Lunatic asylums Bombay report 1891-1903 - 1891-1903
Year: 1891
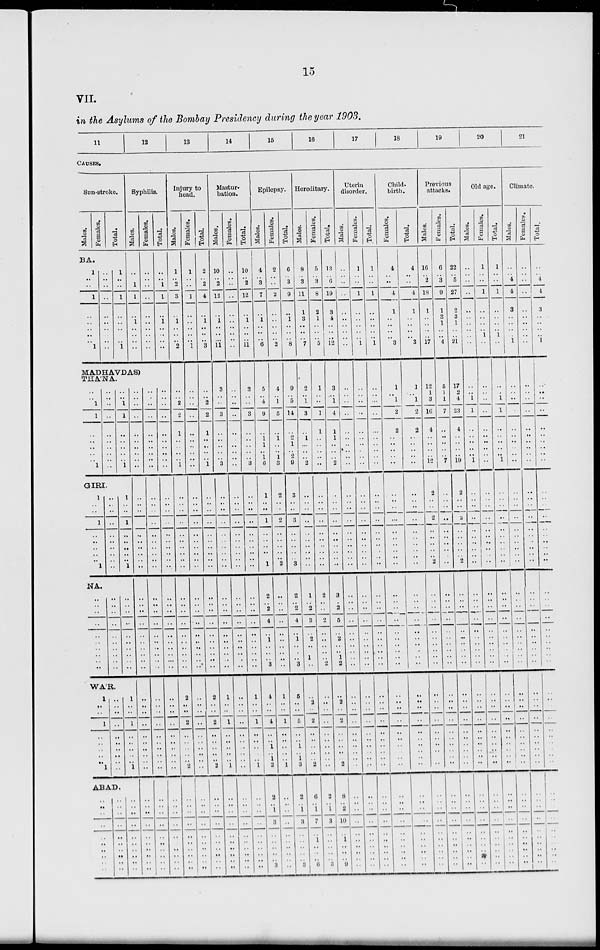
15
VII.
in the Asylums of the Bombay Presidency during the year 1903.
11
12
13
14
15
16
17
18
19
20
21
CAUSES.
Sun-stroke.
Males.
Females.
Total.
BA.
1
..
..
1
..
..
..
..
1
..
..
..
..
..
..
..
..
..
1
..
..
1
..
..
..
..
1
Syphilis.
Males.
..
..
1
1
..
1
..
..
..
MADHAVDAS)
THA'NA.
..
..
1
1
..
..
..
..
..
1
..
..
..
..
..
..
..
..
..
..
GIRI.
1
..
..
1
..
..
..
..
..
1
..
..
..
..
..
..
..
..
..
..
..
..
1
1
..
..
..
..
.. 1
1
..
..
1
..
..
..
..
..
1
NA.
..
..
..
..
..
..
..
..
..
..
..
..
..
..
..
..
..
..
..
..
..
..
..
..
..
..
..
..
..
..
WAR.
1
..
..
1
..
..
..
..
..
..
..
..
..
..
..
..
..
..
.. 1
1
..
..
1
..
..
..
..
.. 1
ABAD.
..
..
..
..
..
..
..
..
..
..
..
..
..
..
..
..
..
..
..
..
..
.. ..
..
..
..
..
..
..
..
..
..
..
..
..
..
..
..
..
..
..
..
..
..
..
..
..
..
..
..
..
..
..
..
..
..
..
..
..
..
..
..
..
..
..
..
..
..
.. ..
..
.. ..
..
..
..
..
..
..
..
Females.
..
..
..
..
..
..
..
..
..
..
..
..
..
..
..
..
..
..
..
..
..
..
..
..
..
..
..
..
..
..
..
..
..
..
..
..
..
..
..
..
..
..
..
..
..
..
.. ..
..
..
..
..
..
..
..
..
..
..
Total.
..
..
1
1
..
1
..
..
..
..
..
..
..
..
..
..
..
..
..
..
..
..
..
..
..
..
..
..
..
..
..
..
..
..
..
..
..
..
..
..
..
..
..
..
..
..
..
.. ..
..
..
..
..
..
..
..
..
..
..
Injury to
head.
Males.
1
..
2
3
..
1
..
..
2
..
..
2
2
1
..
..
..
.. 1
..
..
..
..
..
..
..
..
..
..
..
..
..
..
..
..
..
..
..
..
2
..
..
2
..
..
..
..
.. 2
..
..
..
..
..
..
..
..
..
..
Females.
1
..
..
1
..
..
..
..
1
..
..
..
..
..
..
..
..
..
..
..
..
..
..
..
..
..
..
..
..
..
..
..
..
..
..
..
..
..
..
..
..
..
..
..
..
..
..
.. ..
..
..
..
..
..
..
..
..
..
..
Total.
2
..
2
4
..
1
..
..
3
..
..
2
2
1
..
..
..
.. 1
..
..
..
..
..
..
..
..
..
..
..
..
..
..
..
..
..
..
..
..
2
..
..
2
..
..
..
..
.. 2
..
..
..
..
..
..
..
..
..
..
Mastur-
bation.
Males.
10
..
2
12
..
1
..
..
11
3
..
..
3
..
..
..
..
.. 3
..
..
..
..
..
..
..
..
..
..
..
..
..
..
..
..
..
..
..
..
1
..
..
1
..
..
..
..
.. 1
..
..
..
..
..
..
..
..
..
..
Females.
..
..
..
..
..
..
..
..
..
..
..
..
..
..
..
..
..
..
..
..
..
..
..
..
..
..
..
..
..
..
..
..
..
..
..
..
..
..
..
..
..
..
..
..
..
..
..
.. ..
..
..
..
..
..
..
..
..
..
..
Total.
10
..
2
12
..
1
..
..
11
3
..
..
3
..
..
..
..
.. 3
..
..
..
..
..
..
..
..
..
..
..
..
..
..
..
..
..
..
..
..
1
..
..
1
..
..
..
..
.. 1
..
..
..
..
..
..
..
..
..
..
Epilepsy.
Males.
4
..
3
7
..
1
..
..
6
5
..
4
9
..
1
1
..
1
6
1
..
..
1
..
..
..
..
..
1
2
..
2
4
..
1
..
..
.. 3
4
..
..
4
..
.. 1
..
1
2
2
.. 1
3
..
..
..
..
..
3
Females.
2
..
..
2
..
..
..
..
2
4
..
1
5
..
1
..
..
1
3
2
..
..
2
..
..
..
..
..
2
..
..
..
..
..
..
..
..
..
..
1
..
..
1
..
.. ..
..
.. 1
..
..
..
..
..
..
..
..
..
..
Total.
6
..
3
9
..
1
..
..
8
9
..
5
14
..
2
1
..
2 9
3
..
..
3
..
..
..
..
..
3
2
..
2
4
..
1
..
..
.. 3
5
..
..
5
..
.. 1
..
1
3
2
.. 1
3
..
..
..
..
..
3
Hereditary.
Males.
8
..
3
11
1
3
..
..
7
2
..
1
3
..
1
..
..
.. 2
..
..
..
..
..
..
..
..
..
..
1
..
2
3
..
2
..
.. 1
..
..
2
..
2
..
..
..
..
.. 2
6
.. 1
7
..
1
..
..
..
6
Females.
5
..
3
8
2
1
..
..
5
1
..
..
1
1
..
..
..
..
..
..
..
..
..
..
..
..
..
..
..
2
..
..
2
..
..
..
..
.. 2
..
..
..
..
..
..
..
..
.. ..
2
.. 1
3
..
..
..
..
..
3
Total.
13
..
6
19
3
4
..
..
12
3
..
1
4
1
1
..
..
.. 2
..
..
..
..
..
..
..
..
..
..
3
..
2
5
..
2
..
.. 1
2
..
2
..
2
..
..
..
..
.. 2
8
.. 2
10
..
1
..
..
..
9
Uterin
disorder.
Males.
..
..
..
..
..
..
..
..
..
..
..
..
..
..
..
..
..
..
..
..
..
..
..
..
..
..
..
..
..
..
..
..
..
..
..
..
..
..
..
..
..
..
..
..
..
..
..
..
..
..
..
..
..
..
..
..
..
..
..
Females.
1
..
..
1
..
..
..
..
1
..
..
..
..
..
..
..
..
..
..
..
..
..
..
..
..
..
..
..
..
..
..
..
..
..
..
..
..
..
..
..
..
..
..
..
..
..
.. ..
..
..
..
..
..
..
..
..
..
..
Total.
1
..
..
1
..
..
..
..
1
..
..
..
..
..
..
..
..
..
..
..
..
..
..
..
..
..
..
..
..
..
..
..
..
..
..
..
..
..
..
..
..
..
..
..
..
..
..
.. ..
..
..
..
..
..
..
..
..
..
..
Child-
birth.
Females.
4
..
..
4
1
..
..
..
3
1
..
1
2
2
..
..
..
.. ..
..
..
..
..
..
..
..
..
..
..
..
..
..
..
..
..
..
..
..
..
..
..
..
..
..
..
..
..
..
..
..
.. ..
..
..
..
..
..
..
..
Total.
4
..
..
4
1
..
..
..
3
1
..
1
2
2
..
..
..
.. ..
..
..
..
..
..
..
..
..
..
..
..
..
..
..
..
..
..
..
..
..
..
..
..
..
..
..
..
..
..
..
..
..
..
..
..
..
..
..
..
..
Previous
attacks.
Males.
16
..
2
18
1
..
..
..
17
12
1
3
10
4
..
..
..
..
12
2
..
..
2
..
..
..
..
..
2
..
..
..
..
..
..
..
..
..
..
..
..
..
..
..
..
..
..
..
..
..
..
..
..
..
..
..
..
..
..
Females.
6
..
3
9
1
3
1
..
4
5
1
1
7
..
..
..
..
.. 7
..
..
..
..
..
..
..
..
..
..
..
..
..
..
..
..
..
..
..
..
..
..
..
..
..
..
..
..
..
..
..
..
..
..
..
..
..
..
..
..
Total.
22
..
5
27
2
3
1
..
21
17
2
4
23
4
..
..
..
..
19
2
..
..
2
..
..
..
..
..
2
..
..
..
..
..
..
..
..
..
..
..
..
..
..
..
..
..
..
..
..
..
..
..
..
..
..
..
..
..
..
Old age.
Males.
..
..
..
..
..
..
..
..
..
..
..
1
1
..
..
..
..
.. 1
..
..
..
..
..
..
..
..
..
..
..
..
..
..
..
..
..
..
..
..
..
..
..
..
..
..
..
..
..
..
..
..
..
..
..
..
..
..
..
..
Females.
1
..
..
1
..
..
..
1
..
..
..
..
..
..
..
..
..
..
..
..
..
..
..
..
..
..
..
..
..
..
..
..
..
..
..
..
..
..
..
..
..
..
..
..
..
..
..
..
..
..
..
..
..
..
..
..
..
..
..
Total.
1
..
..
1
..
..
..
1
..
..
..
1
1
..
..
..
..
.. 1
..
..
..
..
..
..
..
..
..
..
..
..
..
..
..
..
..
..
..
..
..
..
..
..
..
..
..
..
..
..
..
..
..
..
..
..
..
..
..
..
Climate
Males.
..
..
4
4
3
..
..
..
1
..
..
..
..
..
..
..
..
..
..
..
..
..
..
..
..
..
..
..
..
..
..
..
..
..
..
..
..
..
..
..
..
..
..
..
..
..
..
..
..
..
..
..
..
..
..
..
..
..
..
Females
..
..
..
..
..
..
..
..
..
..
..
..
..
..
..
..
..
..
..
..
..
..
..
..
..
..
..
..
..
..
..
..
..
..
..
..
..
..
..
..
..
..
..
..
..
..
..
..
..
..
..
..
..
..
..
..
..
..
..
Total.
..
4
4
3
..
..
..
1
..
..
..
..
..
..
..
..
..
..
..
..
..
..
..
..
..
..
..
..
..
..
..
..
..
..
..
..
..
..
..
..
..
..
..
..
..
..
..
..
..
..
..
..
..
..
..
..
..
..